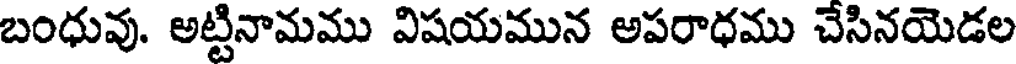
బంధువు. అట్టినామము విషయమున అపరాధము చేసినయెడల